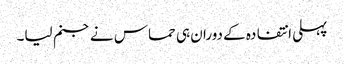
پہلی انتفادہ کے دوران ہی حماس نے جنم لیا۔